Lunatic asylums Madras 1877-1891 - 1877-1891
Year: 1877
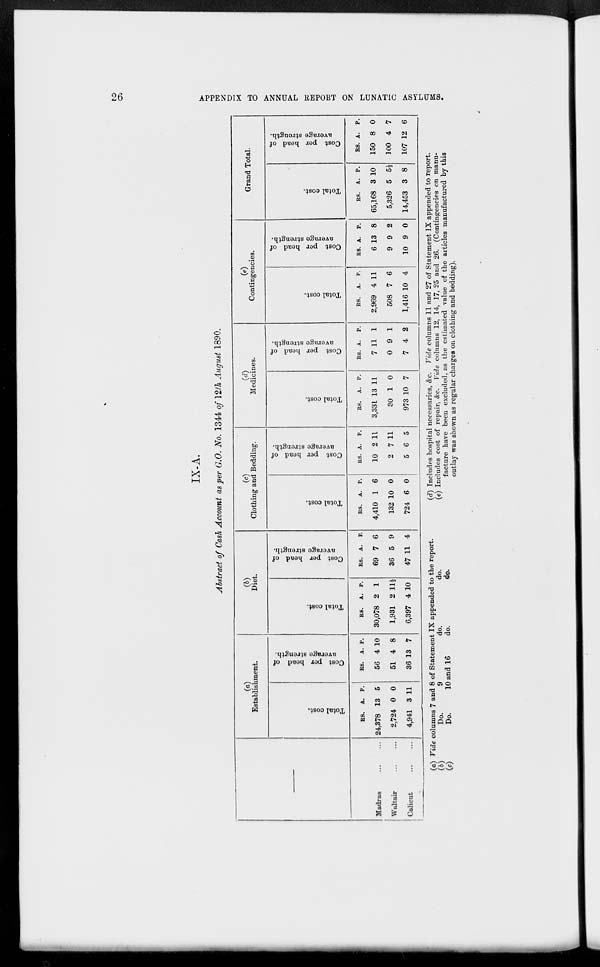
26 APPENDIX TO ANNUAL REPORT ON LUNATIC ASYLUMS.
IX-A.
Abstract of Cash Account as per G.O. No. 1344 of 12th August 1890.
—
Madras
...
...
Waltair
...
...
Calicut
...
...
(a)
Establishment.
Total cost.
Rs.
24,378
2,724
4,941
A.
13
0
3
P.
5
0
11
Cost
per head of
average strength.
Rs.
56
51
36
A.
4
4
13
P.
10
8
7
(b)
Diet.
Total cost.
Rs.
30,078
1,931
6,397
A.
2
2
4
P.
1
11½
10
Cost per head of
average strength.
Rs.
69
36
47
A.
7
5
11
P.
6
9
4
(c)
Clothing and Bedding.
Total cost.
Rs.
4,410
132
724
A.
1
10
6
P.
6
0
0
Cost
per head of
average strength.
Rs.
10
2
5
A.
2
7
6
P.
11
11
5
(d)
Medicines.
Total cost.
Rs.
3,331
30
973
A.
13
1
10
P.
11
0
7
Cost per head of
average strength.
Rs.
7
0
7
A.
11
9
4
P.
1
1
2
(e)
Contingencies.
Total cost.
Rs.
2,969
508
1,416
A.
4
7
10
P.
11
6
4
Cost per head of
average strength.
Rs.
6
9
10
A.
13
9
9
P.
8
2
0
Grand Total.
Total cost.
Rs.
65,168
5,326
14,453
A.
3
5
3
P.
10
5½
8
Cost per head of
average strength.
Rs.
150
100
107
A.
8
4
12
P.
0
7
6
(a)
(b)
(c)
Vide columns 7 and 8 of Statement IX appended to the report.
Do.
9
do.
do.
Do.
10 and 16
do.
do.
(d) Includes hospital necessaries, &c. Vide columns 11 and 27 of Statement IX appended to report.
(e) Includes cost of repair, &c. Vide columns 12, 14, 17, 25 and 26. (Contingencies on manu-
facture have been excluded, as the estimated value of the articles manufactured by this
outlay was shown as regular charges on clothing and bedding).